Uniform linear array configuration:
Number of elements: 8
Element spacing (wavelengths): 0.5
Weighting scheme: exponential
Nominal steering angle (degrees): -30
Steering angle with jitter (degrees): -29.203
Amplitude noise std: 0.05
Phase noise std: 0.05

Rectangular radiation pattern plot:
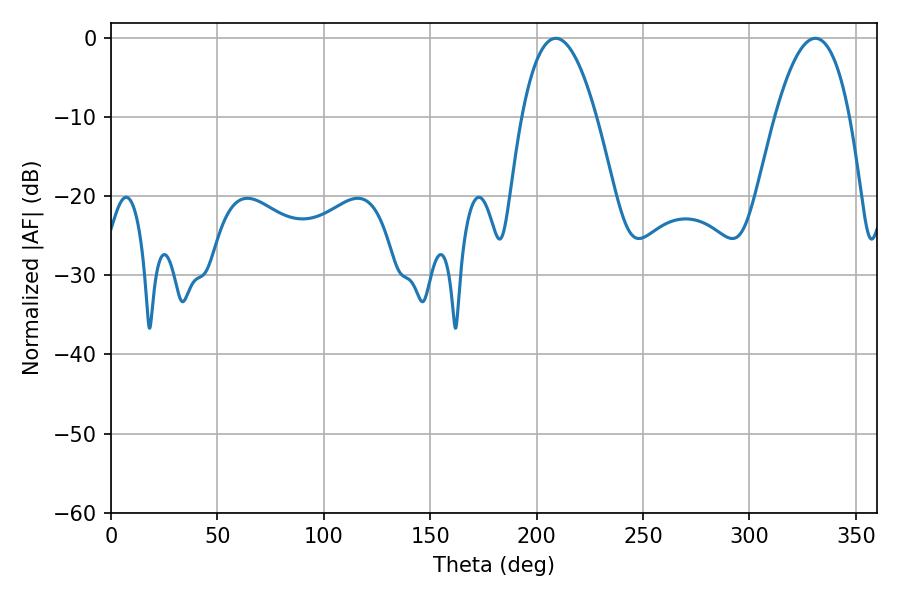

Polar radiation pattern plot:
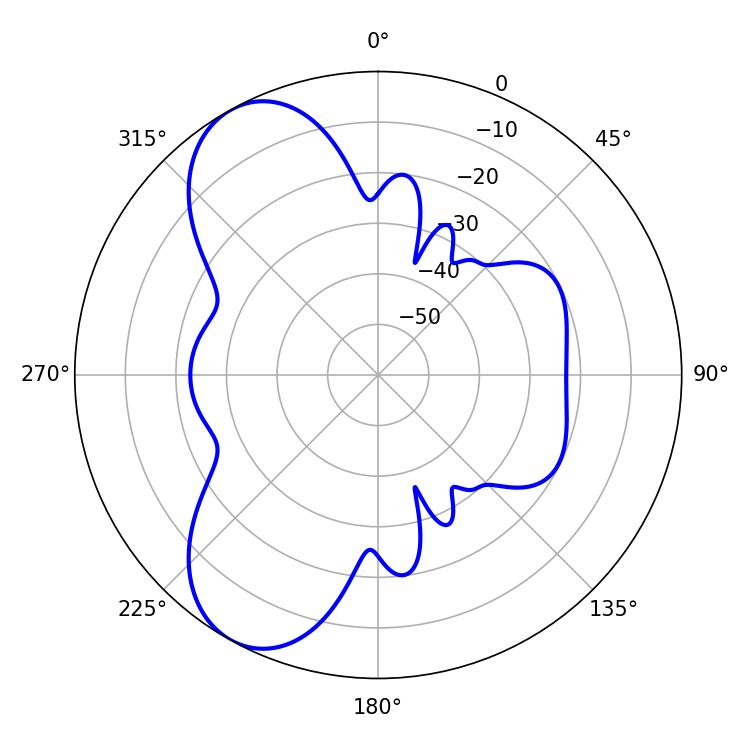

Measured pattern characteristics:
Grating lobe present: FALSE
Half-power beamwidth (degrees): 19.44
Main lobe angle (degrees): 208.98